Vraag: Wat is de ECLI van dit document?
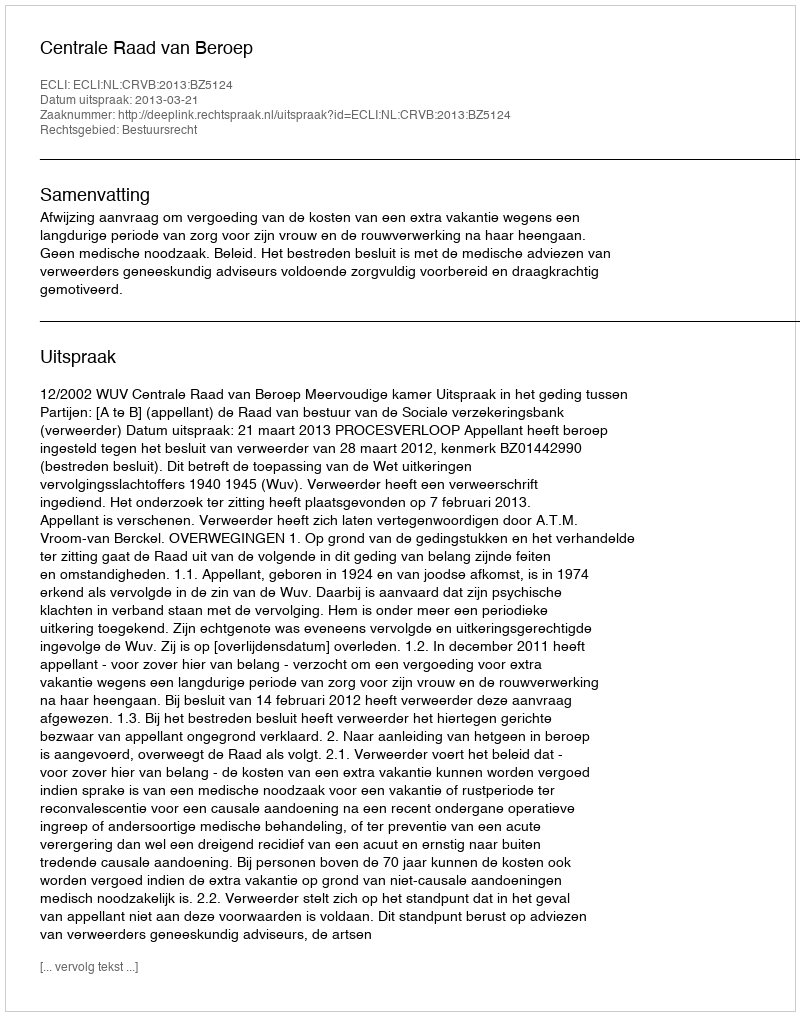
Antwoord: ECLI:NL:CRVB:2013:BZ5124